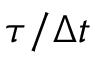
\tau / \Delta t